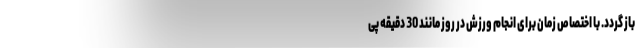
باز گردد. با اختصاص زمان برای انجام ورزش در روز مانند 30 دقیقه پی